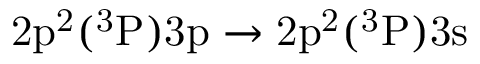
\mathrm { 2 p ^ { 2 } ( ^ { 3 } P ) 3 p \rightarrow 2 p ^ { 2 } ( ^ { 3 } P ) 3 s }